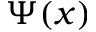
\Psi ( x )